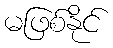
မဖြစ်နိုင်